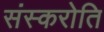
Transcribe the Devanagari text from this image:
संस्करोति